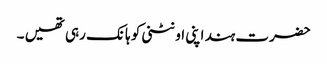
حضرت ہند اپنی اونٹنی کو ہانک رہی تھیں ۔